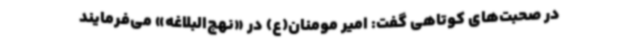
در صحبت‌های کوتاهی گفت: امیر مومنان(ع) در «نهج‌البلاغه» می‌فرمایند